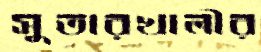
সুতারখালীর